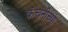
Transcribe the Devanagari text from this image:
कंचनीच्या